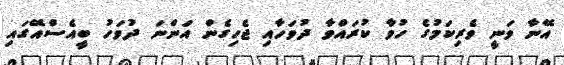
އޭނާ ވަނީ ވެރިކަމުގެ ހުވާ ކުރައްވާ ދުވަހާއި ޖެހިގެން އަންނަ ދުވަހު ބީއެސްއޭގައި